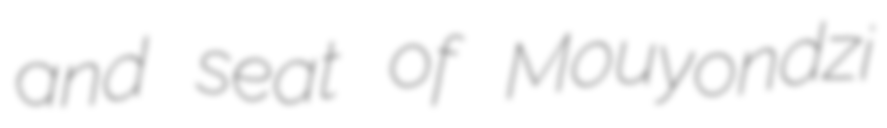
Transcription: and seat of Mouyondzi